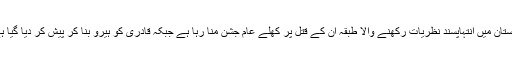
پاکستان میں انتہاپسند نظریات رکھنے والا طبقہ ان کے قتل پر کھلے عام جشن منا رہا ہے جبکہ قادری کو ہیرو بنا کر پیش کر دیا گیا ہے۔